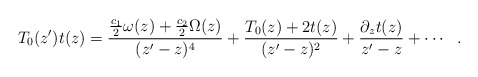
\begin{align*}T_{0}(z^{\prime})t(z)=\frac{\frac{c_1}{2}\omega(z)+\frac{c_2}{2}\Omega(z)}{(z^{\prime}-z)^{4}}+\frac{T_{0}(z)+2t(z)}{(z^{\prime}-z)^{2}}+\frac{\partial_{z}t(z)}{z^{\prime}-z}+\cdots\:\:\:.\end{align*}